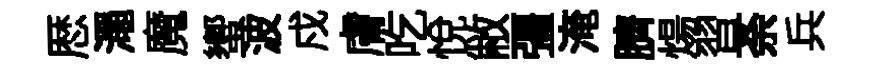
厯澠魔蠁波戍膚吃悅敝彊淹臍煬習荼兵